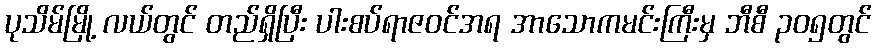
ပုသိမ်မြို့ လယ်တွင် တည်ရှိပြီး ပါးစပ်ရာဇဝင်အရ အာသောကမင်းကြီးမှ ဘီစီ ၃၀၅တွင်